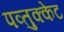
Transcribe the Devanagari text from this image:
पव्तुक्केट